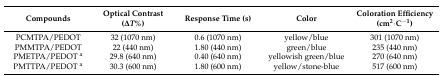
| Compounds | Optical Contrast (ΔT%) | Response Time (s) | Color | Coloration Efficiency (cm2·C−1) |
 | --- | --- | --- | --- | --- |
 | PCMTPA/PEDOT | 32 (1070 nm) | 0.6 (1070 nm) | yellow/blue | 301 (1070 nm) |
 | PMMTPA/PEDOT | 22 (440 nm) | 1.80 (440 nm) | green/blue | 235 (440 nm) |
 | PMETPA/PEDOT a | 29.8 (640 nm) | 0.40 (640 nm) | yellowish green/blue | 270 (640 nm) |
 | PMTTPA/PEDOT a | 30.3 (600 nm) | 1.80 (600 nm) | yellow/stone-blue | 517 (600 nm) |